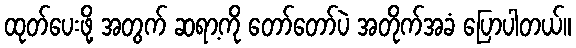
ထုတ်ပေးဖို့ အတွက် ဆရာ့ကို တော်တော်ပဲ အတိုက်အခံ ပြောပါတယ်။